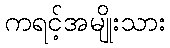
ကရင့်အမျိုးသား